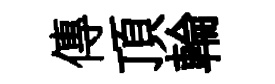
傳頂輪